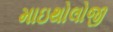
માઇથોલોજી